Newspaper: Memphis daily appeal. [volume]
Place of publication: Memphis, Tenn.
Publisher: S.T. Seawell & W.N. Stanton
Date: 1880-03-17 00:00:00
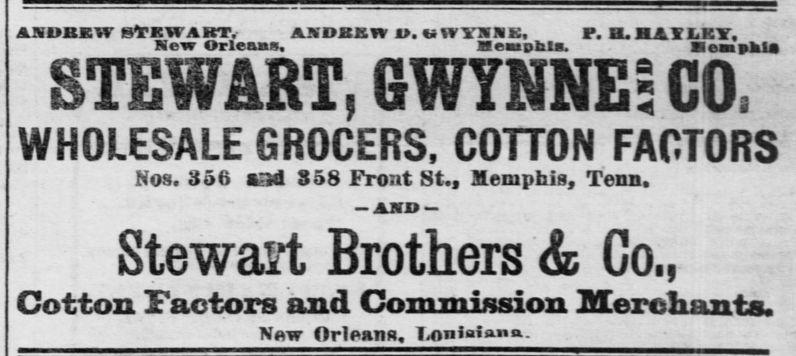
Advertisement text (OCR):
ANDREW BTKWABT, AXDBKTV 1. Irl'SSK, p. H. HAILKY, Mew Orleans. HenpUa Biemahln STSWMT, GWYMES CO, WHOLESALE GROCERS, COTTON FACTORS Nos. 356 &5d 358 Front St., Seniphia, Tenn. AMD Stewat't Brothers & Co., Cotton factors and Coniniission Mercliunts, Nw OrlPHTlS. T-OnJalaiin..
Label: text-only